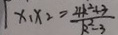
x _ { 1 } x _ { 2 } = \frac { 4 k ^ { 2 } + 3 } { k ^ { 2 } - 3 }